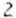
2